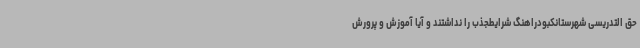
حق التدریسی شهرستانکبودراهنگ شرایطجذب را نداشتند و آیا آموزش و پرورش